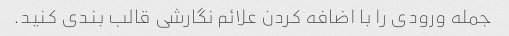
جمله ورودی را با اضافه کردن علائم نگارشی قالب بندی کنید.